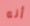
أنه